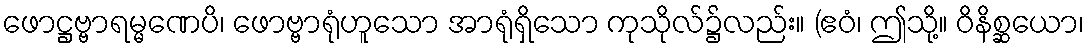
ဖောဋ္ဌဗ္ဗာရမ္မဏေပိ၊ ဖောဗ္ဗာရုံဟူသော အာရုံရှိသော ကုသိုလ်၌လည်း။ (ဧဝံ၊ ဤသို့။ ဝိနိစ္ဆယော၊